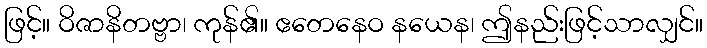
ဖြင့်။ ဝိဇာနိတဗ္ဗာ၊ ကုန်၏။ ဧတေနေဝ နယေန၊ ဤနည်းဖြင့်သာလျှင်။